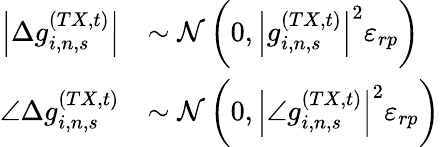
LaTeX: \begin{array}{rl}{\left|\Delta g_{i,n,s}^{(TX,t)}\right|}&{\sim\mathcal{N}\left(0,{\left|g_{i,n,s}^{(TX,t)}\right|}^{2}\varepsilon_{rp}\right)}\\ {\angle\Delta g_{i,n,s}^{(TX,t)}}&{\sim\mathcal{N}\left(0,{\left|\angle g_{i,n,s}^{(TX,t)}\right|}^{2}\varepsilon_{rp}\right)}\end{array}